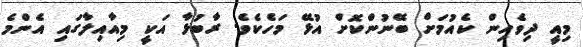
މިއީ ދިވެހިން ކެއުމަށް ބޭނުންކޮށް އުޅޭ މަހެކެވެ. ރާބުޅާ އަކީ މިއާއިލާގައި އެންމެ